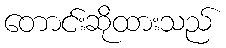
တောင်းဆိုထားသည်